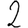
Digit: 2